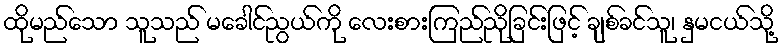
ထိုမည်သော သူသည် မခေါင်ညွယ်ကို လေးစားကြည်ညိုခြင်းဖြင့် ချစ်ခင်သူ၊ နှမငယ်သို့